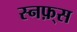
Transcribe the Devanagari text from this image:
स्नफ़्स